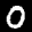
Label: 0